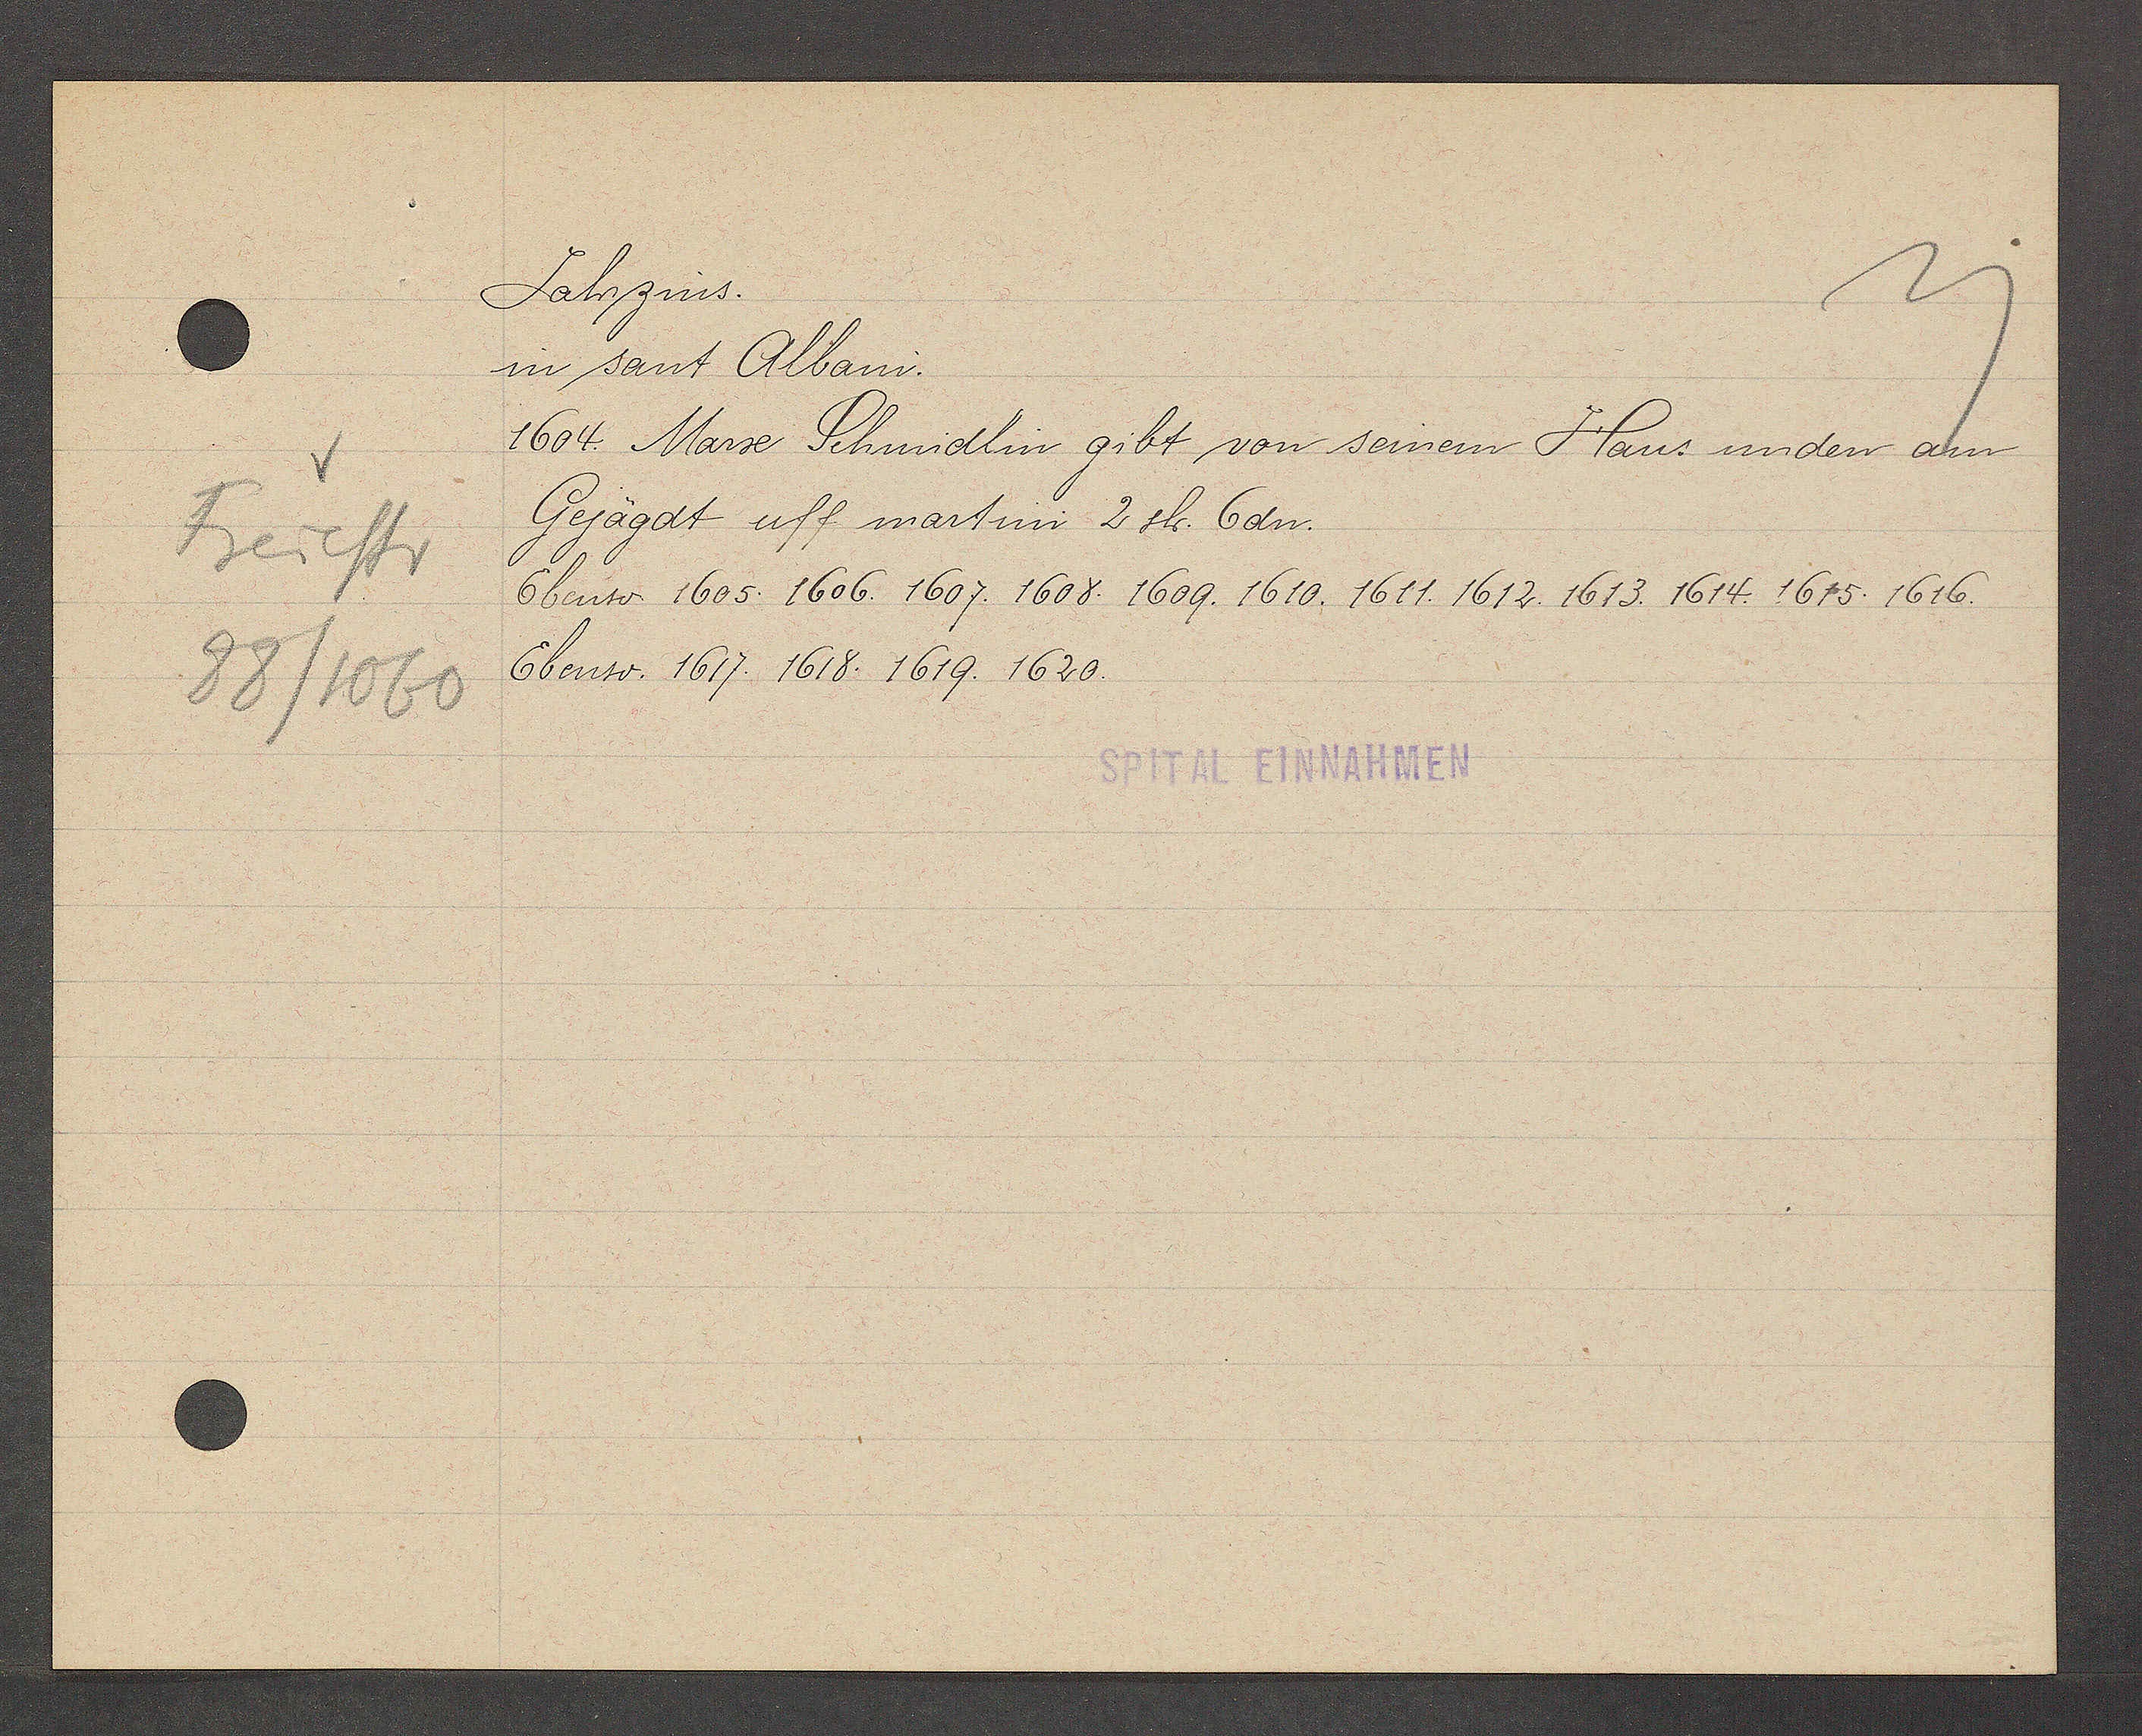
Transcript:
Freiestr
88/1060

Jahrzins.

in sant Albani.
1604. Marze Schmidlin gibt von seinem Haus unden am
Gejägdt uff martini 2 sh. 6dn.
Ebenso 1605. 1606. 1607. 1608. 1609. 1610. 1611. 1612. 1613. 1614. 1615. 1616.
Ebenso. 1617. 1618. 1619. 1620.

SPITAL EINNAHMEN